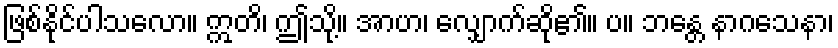
ဖြစ်နိုင်ပါသလော။ ဣတိ၊ ဤသို့။ အာဟ၊ လျှောက်ဆို၏။ ပ။ ဘန္တေ နာဂသေနာ၊